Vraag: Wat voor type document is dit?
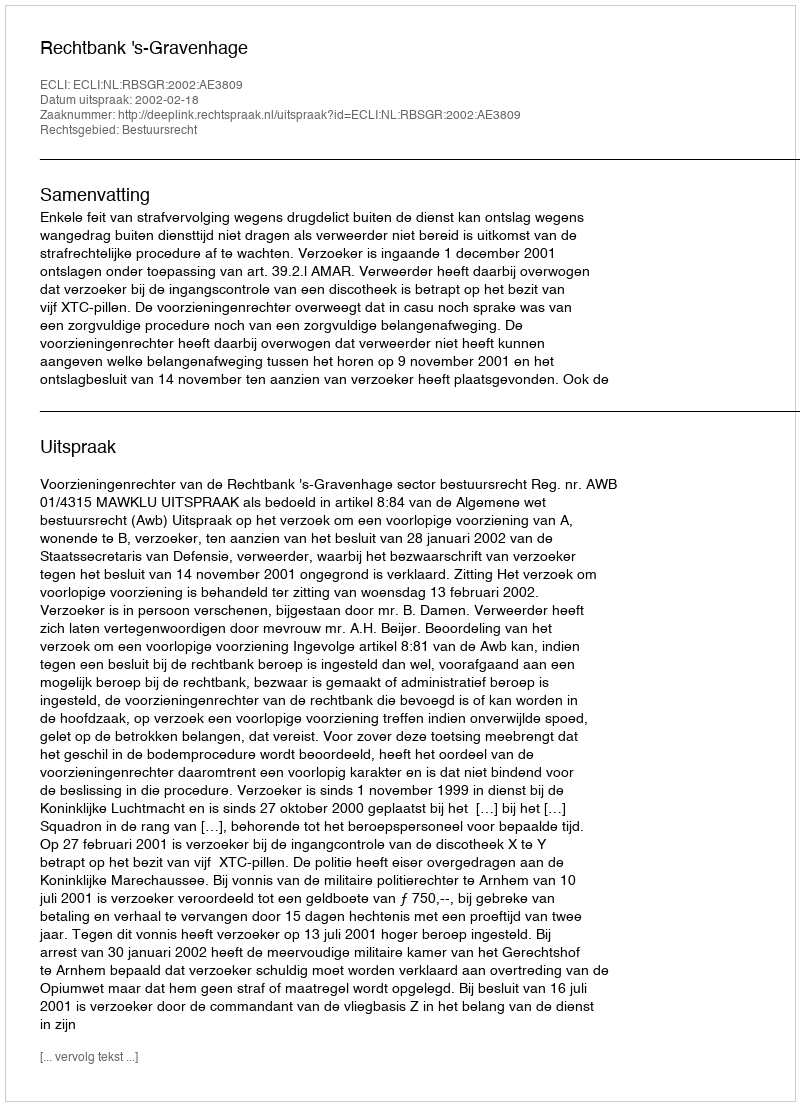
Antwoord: Uitspraak